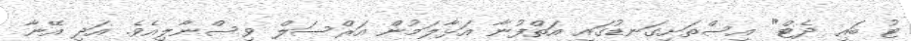
ޓު ބައި ދެޓް" އިސްތަށިގަނޑުގައި އަތްފުނާ އަޅާލަމުން އަރްސަލް ވިސްނާލިއެވެ. އަދި އޭނާ